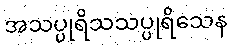
အသပ္ပုရိသသပ္ပုရိသေန